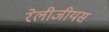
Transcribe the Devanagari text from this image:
रेलीजीयस